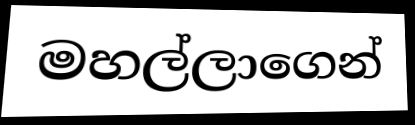
මහල්ලාගෙන්